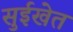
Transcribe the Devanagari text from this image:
सुईखेत